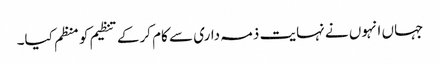
جہاں انہوں نے نہایت ذمہ داری سے کام کرکے تنظیم کو منظم کیا۔